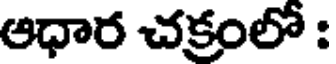
ఆధార చక్రంలో :